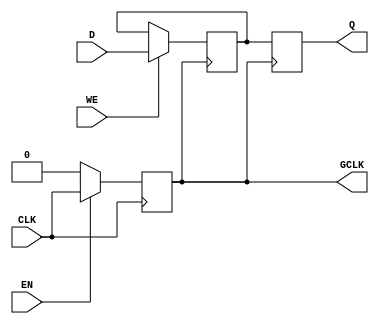
module static_clock_gating (
    input  wire CLK,     // Primary clock signal
    input  wire EN,      // Enable signal
    output reg GCLK,     // Gated clock output
    input  wire [7:0] D, // Data input (for memory block)
    input  wire WE,      // Write enable signal
    output reg [7:0] Q   // Data output (for memory block)
);

// Gating Logic: GCLK generation based on EN
always @(posedge CLK) begin
    if (EN) begin
        GCLK <= CLK; // Pass through primary clock when enabled
    end else begin
        GCLK <= 1'b0; // Gated clock is held low when disabled
    end
end

// Simple Memory Block Operation
reg [7:0] memory [0:127]; // An example memory array of 128 words (8 bits each)

// Memory operations based on the gated clock
always @(posedge GCLK) begin
    if (WE) begin
        memory[0] <= D; // Write data to memory (example write to address 0)
    end
    Q <= memory[0]; // Read data from memory (example read from address 0)
end

endmodule